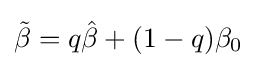
{\tilde {\beta }}=q{\hat {\beta }}+(1-q)\beta _{0}